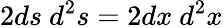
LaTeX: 2ds\ d^{2}s=2dx\ d^{2}x